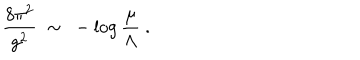
\frac { 8 \pi ^ { 2 } } { g ^ { 2 } } \ \sim \ - \log \frac { \mu } \Lambda \ .